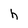
Character: h